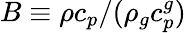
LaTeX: B\equiv{\rho c_{p}}/(\rho_{g}c_{p}^{g})